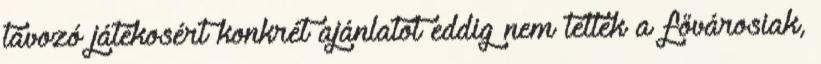
távozó játékosért konkrét ajánlatot eddig nem tettek a fővárosiak,